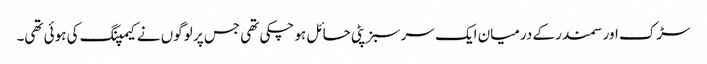
سڑک اور سمندر کے درمیان ایک سرسبز پٹی حائل ہو چکی تھی جس پر لوگوں نے کیمپنگ کی ہوئی تھی۔